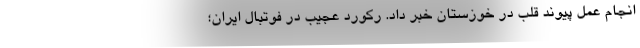
انجام عمل پیوند قلب در خوزستان خبر داد. رکورد عجیب در فوتبال ایران؛